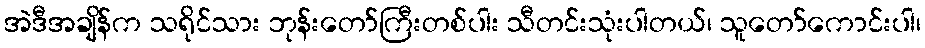
အဲဒီအချိန်က သရိုင်သား ဘုန်းတော်ကြီးတစ်ပါး သီတင်းသုံးပါတယ်၊ သူတော်ကောင်းပါ၊